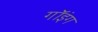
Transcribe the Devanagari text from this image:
गॉइंग